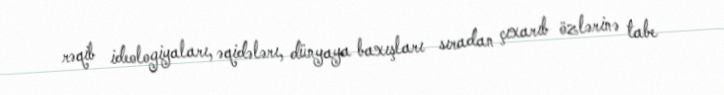
rəqib ideologiyaları, əqidələrı, dünyaya baxışları sıradan çıxarıb özlərinə tabe